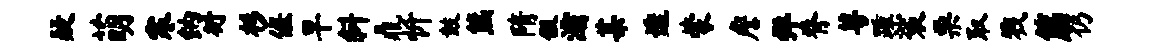
疑萌寒纳衍杉偃早斜鼎忻鼓熊隋假灞某透蒙詹弹脊萼踵裟栗取戮筋仍